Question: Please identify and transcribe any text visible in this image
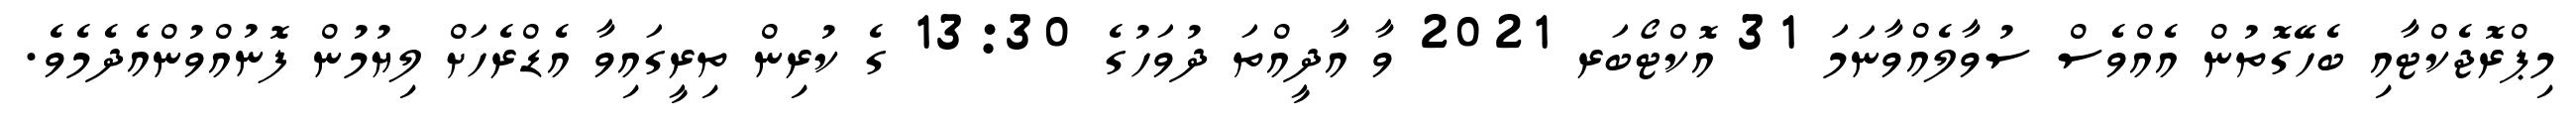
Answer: މިޕްރޮޖެކްޓާއި ބެހޭގޮތުން އެއްވެސް ސުވާލެއްވާނަމަ 31 އޮކްޓޯބަރ 2021 ވާ އާދީއްތަ ދުވަހުގެ 13:30 ގެ ކުރިން ތިރީގައިވާ އެޑްރެހަށް ލިޔުމުން ފޮނުއްވުންއެދެމެވެ.